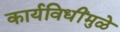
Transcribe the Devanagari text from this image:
कार्यविधींमुळे